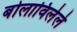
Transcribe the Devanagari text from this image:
बोलाविलेले